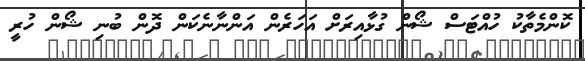
ކޮންމެތާކު ހުއްޓަސް ޝޯން ގުޅާއިރަށް އަހަރެން އަންނާނެކަން ދޮން ބުނި ޝޯން ހުރީ